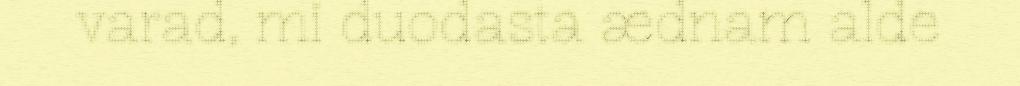
varad, mi duodasta ædnam alde